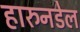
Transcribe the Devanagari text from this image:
हारुनडेल